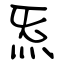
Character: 炁